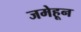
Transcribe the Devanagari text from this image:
जमेहून